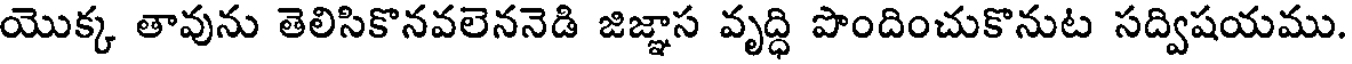
యొక్క తావును తెలిసికొనవలెననెడి జిజ్ఞాస వృద్ధి పొందించుకొనుట సద్విషయము.